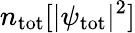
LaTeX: n_{\mathrm{tot}}[|\psi_{\mathrm{tot}}|^{2}]